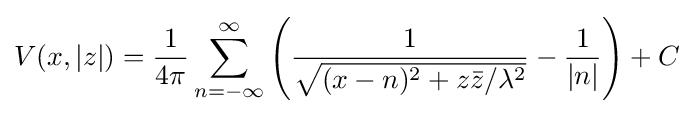
V(x,|z|)={\frac {1}{4\pi }}\sum \limits _{n=-\infty }^{\infty }\left({\frac {1}{\sqrt {(x-n)^{2}+z{\bar {z}}/\lambda ^{2}}}}-{\frac {1}{|n|}}\right)+C